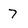
Character: 7